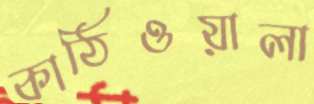
কাঠিওয়ালা